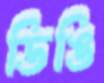
ডিঙি